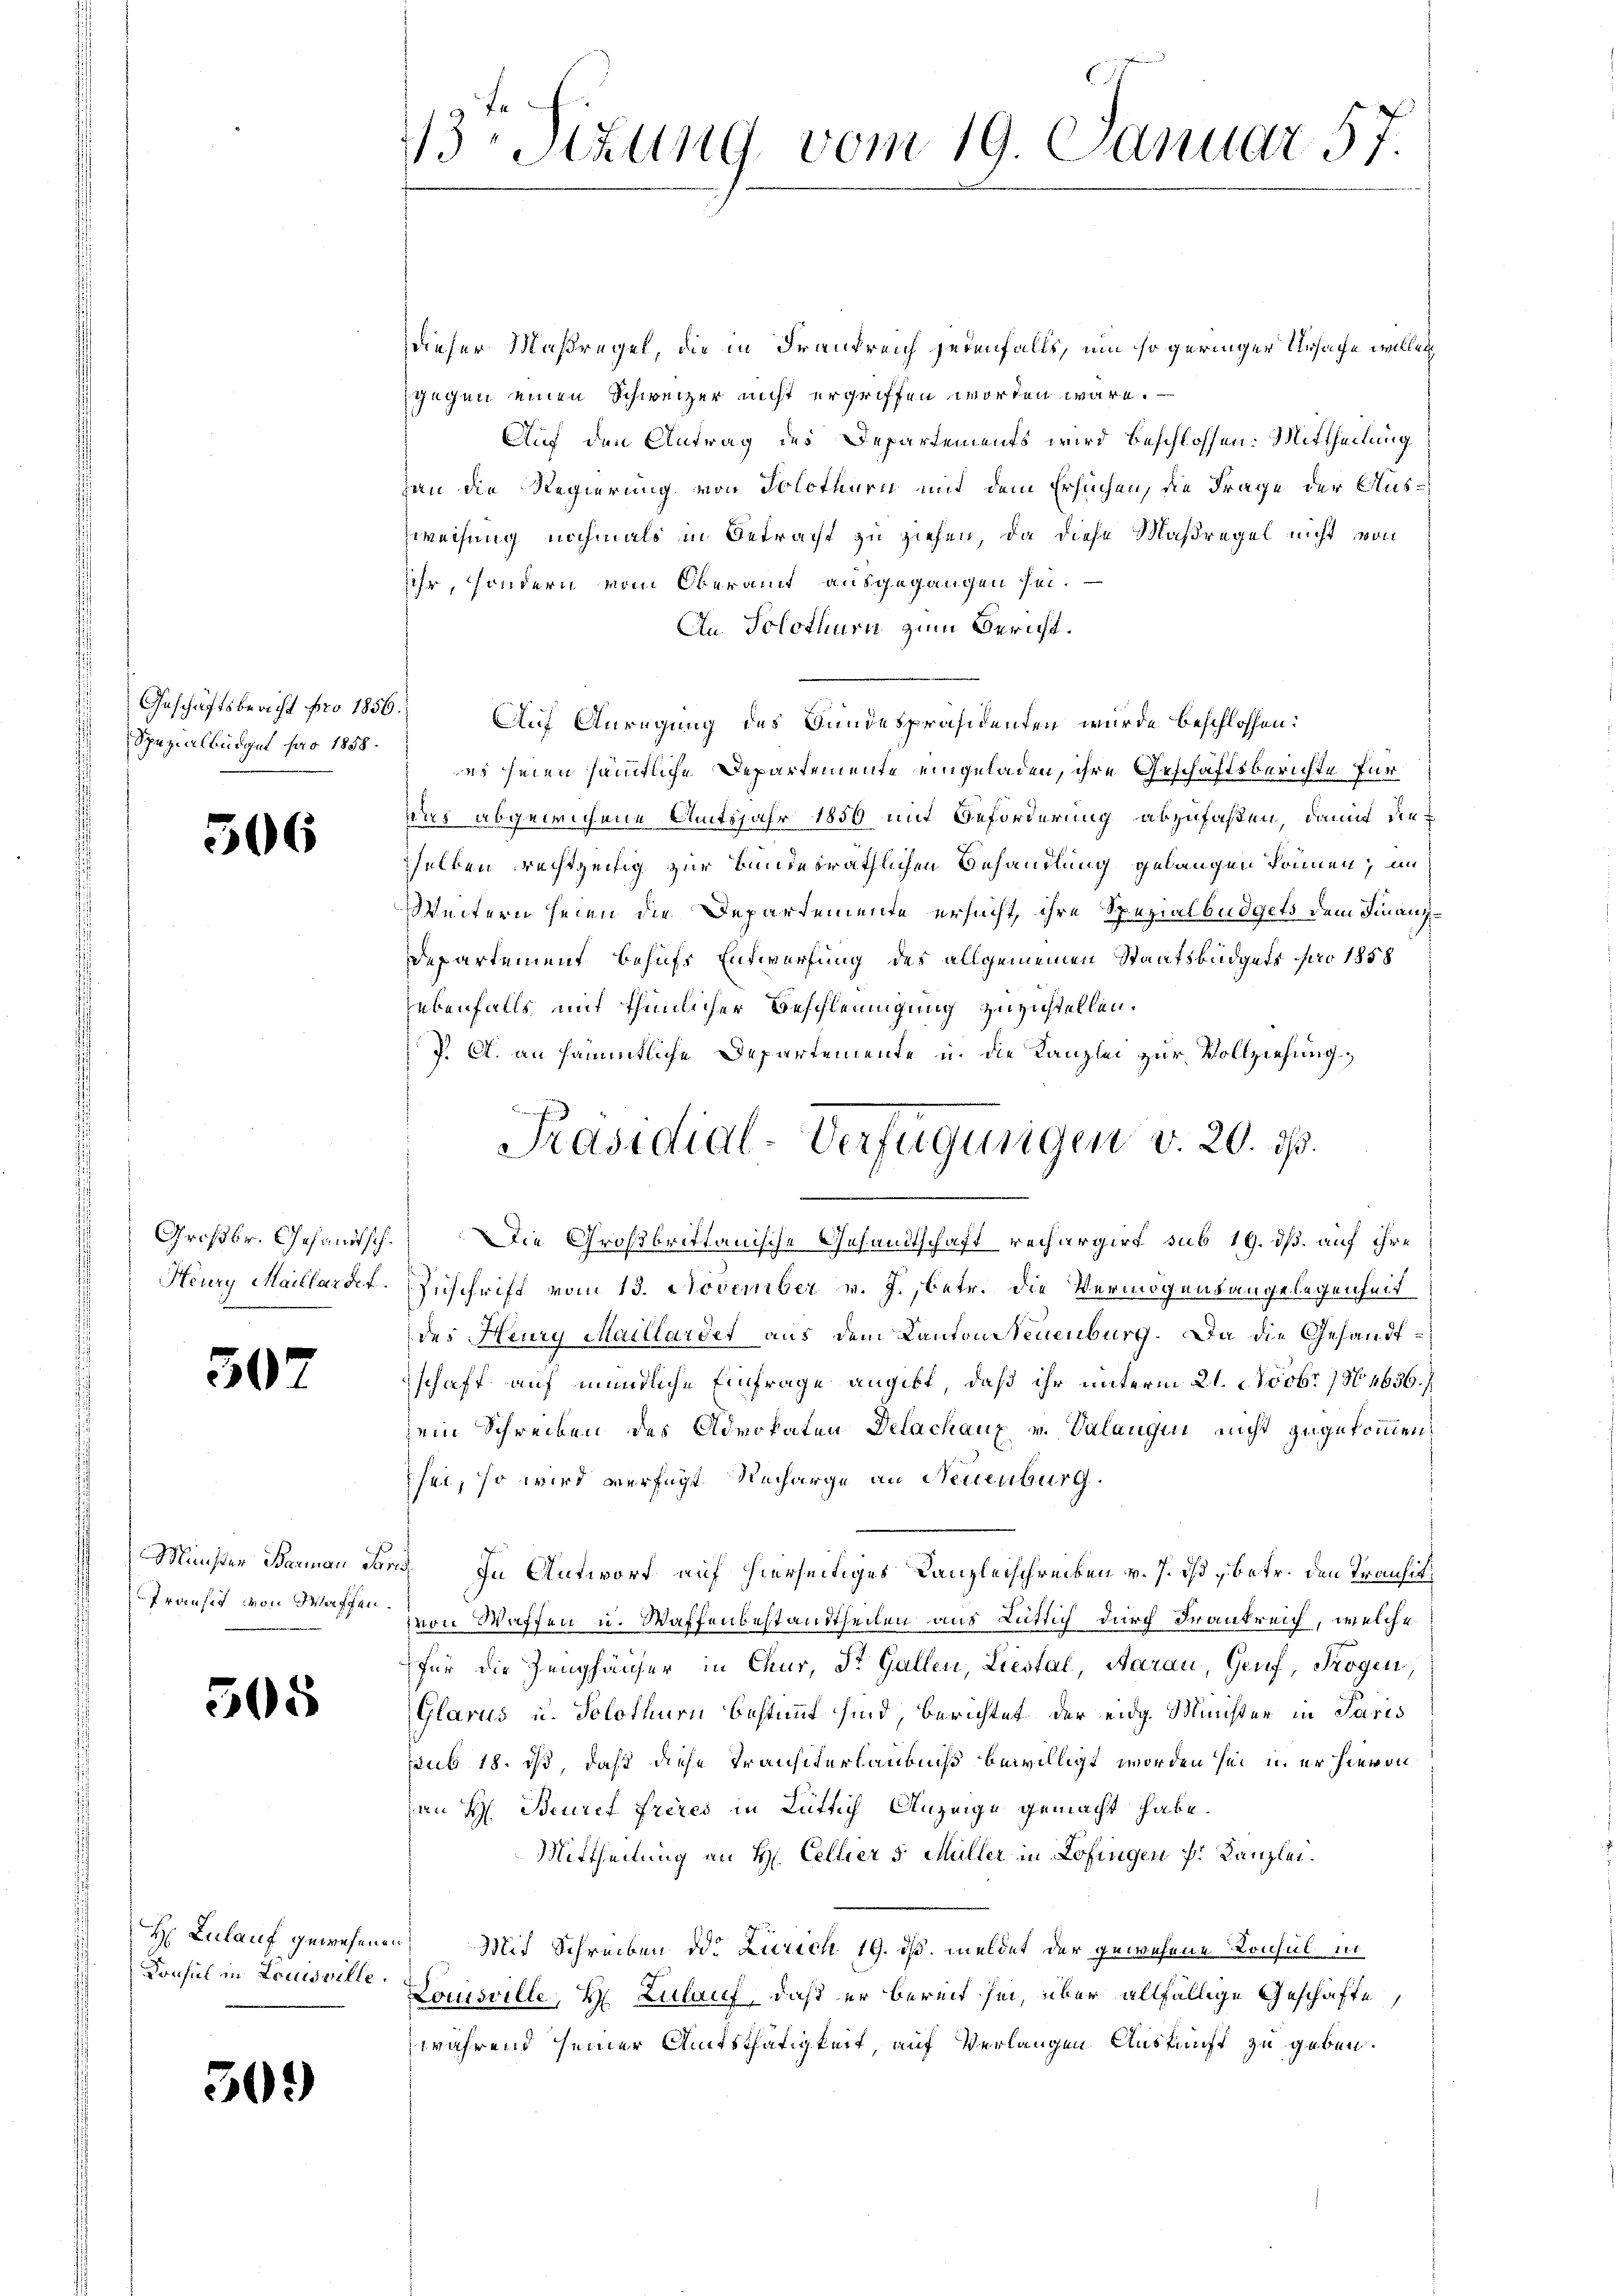
Geschäftsbericht pro 1856.
Spezialbüdget pro 1858.

506

507

Minister Barmann S
frauhes von Waffen

505

H Zulauf gewesen.
Konsul in Locusville

301)

13 Stzung vom 19. Januar 57.

dieser Maßregel, die in Frankreich jedenfalls, um so geringer Ursache willen
gegen einen Schweizer nicht ergriffen worden wäre. —
Auf den Antrag des Departements wird beschlossen: Mittheilung
zan die Regierung von Solothurn mit dem Ersuchen, die Frage der Aus¬
Zweifung nochmals in Betracht zu ziehen, da diese Maßregel nicht von
ihr, sondern vom Oberamt ausgegangen sei.
An Solothur zum Bericht.
Auf Anregung des Bundespräsidenten wurde beschlossen:
es seien sämmtliche Departemente eingeladen, ihre Geschäftsberichte für
Das abgewichene Amtsjahr 1850 mit Beförderung abzufaßen, damit die
selben rechtzeitig zur Bundesräthlichen Behandlung gelangen können, un
Weitern seien die Departemente ersucht, ihre Spezialbüdgets dem Finanz¬
Departement behufs Entwerfung des allgemeinen Staatsbüdgets pro 1858
ebenfalls mit thunlicher Beschleunigung zuzustellen.
J. A. an sämmtliche Departemente u. die Kanzlei zur Vollziehung,
Großbr. Gesandtsch. Die Großbrittanische Gesandtschaft rechargirt sub 19. dß. auf ihre
Heury Maillardet. Zuschrift vom 13. November v. J., betr. die Vermögensangelegenheit
des Heurg Maillardet aus dem Kantons Neuenburg. Da die Gesandtschaft auf mündliche Einfrage angibt, daß ihr unterm 21. Novbr. 1864636.
sein Schreiben des Advokaten Delachanz v. Valangen nicht zugekommen.
sei, so wird verfügt Recharge an Neuenburg.
 In Antwort auf hierseitiges Kanzleischreiben v. J. ist betr. den Transitvon Waffen u. Waffenbestandtheiten aus Lütlich durch Frankreich, welche
für die Zeughäuser in Chur, St. Gallen, Liestal, Aarau, Genf, Trogen,
Glarus u. Solothur bestimmt sind, berichtet der eidg. Minister in Paris
sub 18. ist, daß diese Transiterlaubniß bewilligt worden sei u. er hievon
an H. Beures frères in Lütlich Anzeige gemacht habe.
Mittheilung an H. Cellier 5 Müller in Lofingen P. Kanzlei.
en Mit Schreiben des Zürich 19. ds. meldet der gewesene Konsul in
Louisville, H. Zulauf, daß er bereit sei, über allfällige Geschäfte,
während seiner Amtsthätigkeit, auf Verlangen Auskunft zu geben.

Präsidial-Verfügungen v. 20. ds.